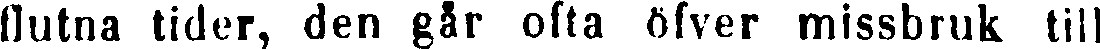
flutna tider, den går ofta öfver missbruk till